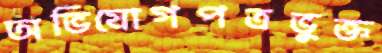
অভিযোগপত্রভুক্ত